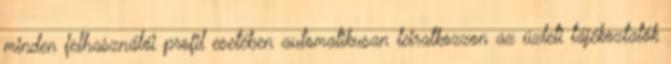
minden felhasználói profil esetében automatikusan leiratkozzon az üzleti tájékoztatók